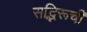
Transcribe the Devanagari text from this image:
सद्भिरूची